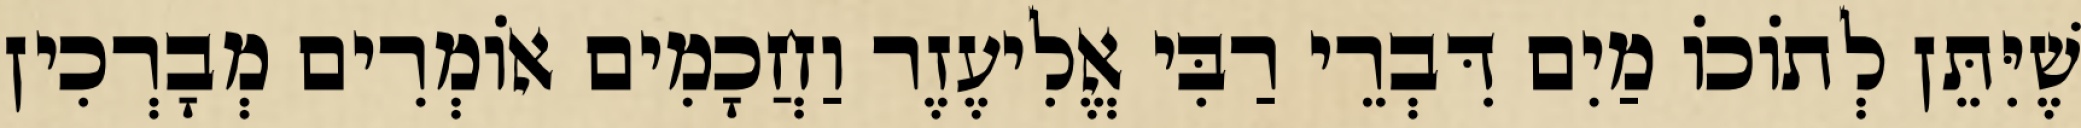
שֶׁיִּתֵּן לְתוֹכוֹ מַיִם דִּבְרֵי רַבִּי אֱלִיעֶזֶר וַחֲכָמִים אוֹמְרִים מְבָרְכִין